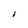
Character: I